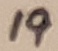
Text: 19